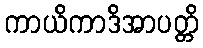
ကာယိကာဒိအာပတ္တိ